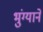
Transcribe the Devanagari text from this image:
भुंग्याने